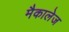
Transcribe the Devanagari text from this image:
मैकालेज